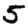
Digit: 5